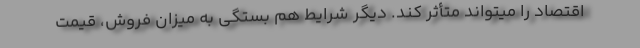
اقتصاد را میتواند متأثر كند. دیگر شرایط هم بستگی به میزان فروش، قیمت